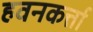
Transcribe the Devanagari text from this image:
हवनकर्त्ता